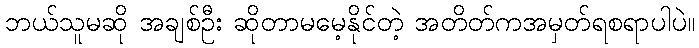
ဘယ်သူမဆို အချစ်ဦး ဆိုတာမမေ့နိုင်တဲ့ အတိတ်ကအမှတ်ရစရာပါပဲ။